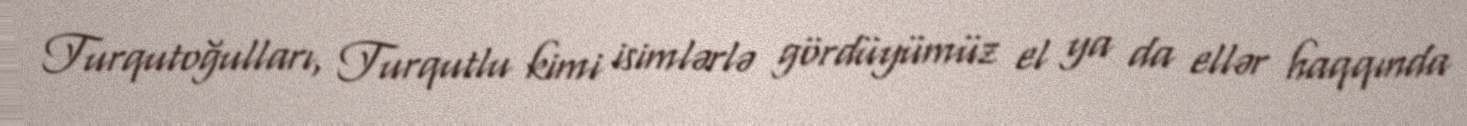
Turqutoğulları, Turqutlu kimi isimlərlə gördüyümüz el ya da ellər haqqında